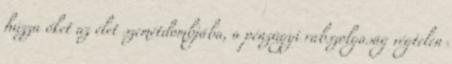
húzza őket az élet szemétdombjába, a pénzügyi rabszolgaság végtelen